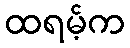
ထရမ့်က